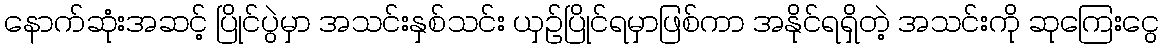
နောက်ဆုံးအဆင့် ပြိုင်ပွဲမှာ အသင်းနှစ်သင်း ယှဉ်ပြိုင်ရမှာဖြစ်ကာ အနိုင်ရရှိတဲ့ အသင်းကို ဆုကြေးငွေ